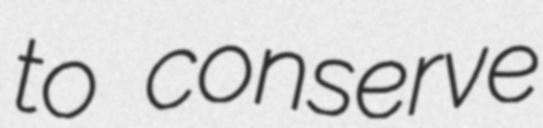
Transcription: to conserve